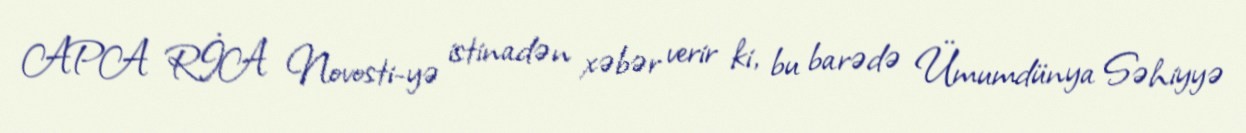
APA RİA Novosti-yə istinadən xəbər verir ki, bu barədə Ümumdünya Səhiyyə